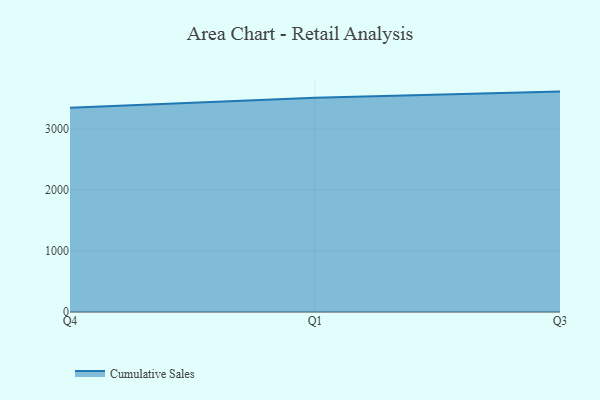
{"axis": {"x": "Quarter", "y": "Inventory Turnover"}, "legend": ["Cumulative Sales"], "data": [{"x": "Q4", "y": 3352.0, "type": "Cumulative Sales"}, {"x": "Q1", "y": 3515.7, "type": "Cumulative Sales"}, {"x": "Q3", "y": 3615.9, "type": "Cumulative Sales"}]}